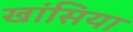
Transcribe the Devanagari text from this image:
खांसिया